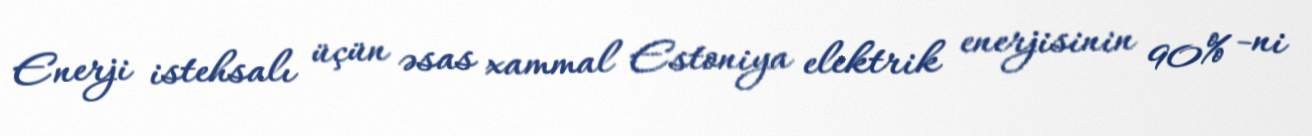
Enerji istehsalı üçün əsas xammal Estoniya elektrik enerjisinin 90% -ni